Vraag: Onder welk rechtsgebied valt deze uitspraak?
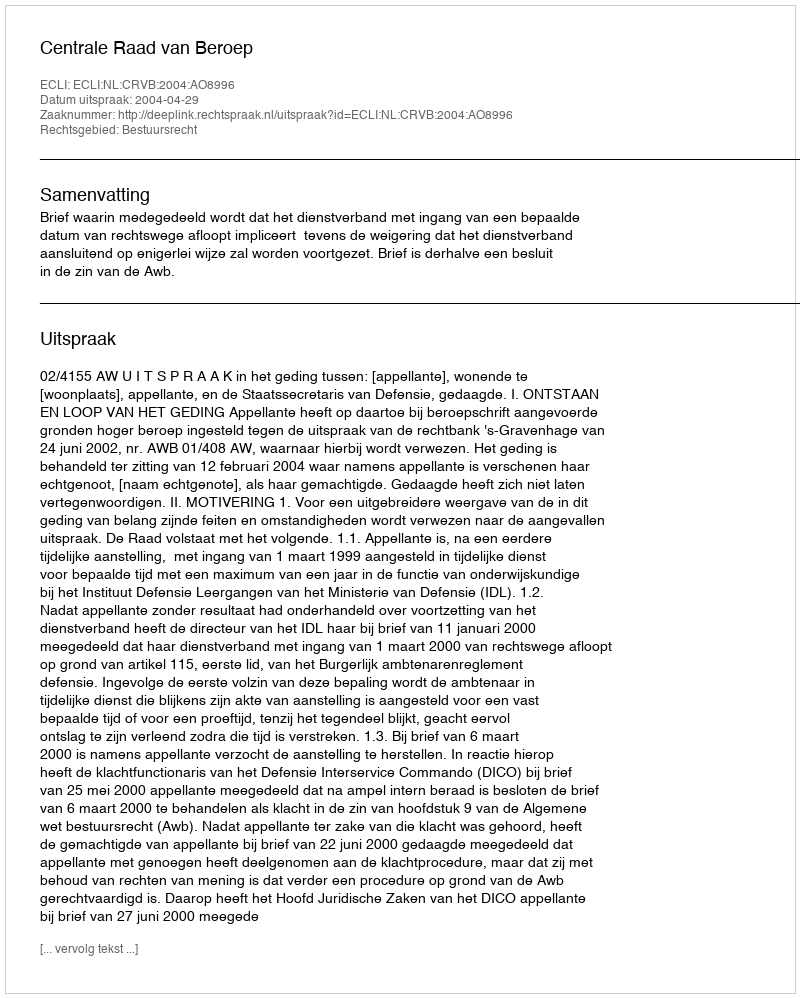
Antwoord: Bestuursrecht